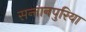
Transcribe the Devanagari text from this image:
सन्तानपुरिया